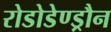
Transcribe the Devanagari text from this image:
रोडोडेण्ड्रौन